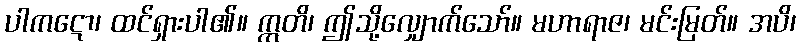
ပါကဋော၊ ထင်ရှားပါ၏။ ဣတိ၊ ဤသို့လျှောက်သော်။ မဟာရာဇ၊ မင်းမြတ်။ အပိ၊